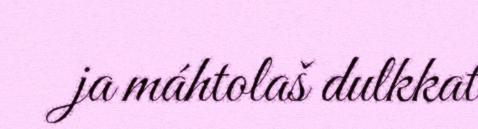
ja máhtolaš dulkkat